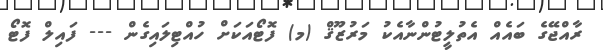
ރާއްޖޭގެ ބައެއް އެތުލީޓުންނާއެކު މަރުޒޫޤް (މ) ފޮޓޯއަކަށް ހުއްޓިލައިގެން --- ފައިލް ފޮޓޯ